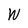
Character: W